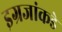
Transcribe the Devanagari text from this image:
इग्रजांकडे